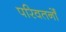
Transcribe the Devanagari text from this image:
परिवतर्नों